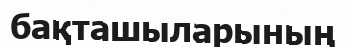
бақташыларының